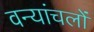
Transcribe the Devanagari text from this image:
वन्यांचलों